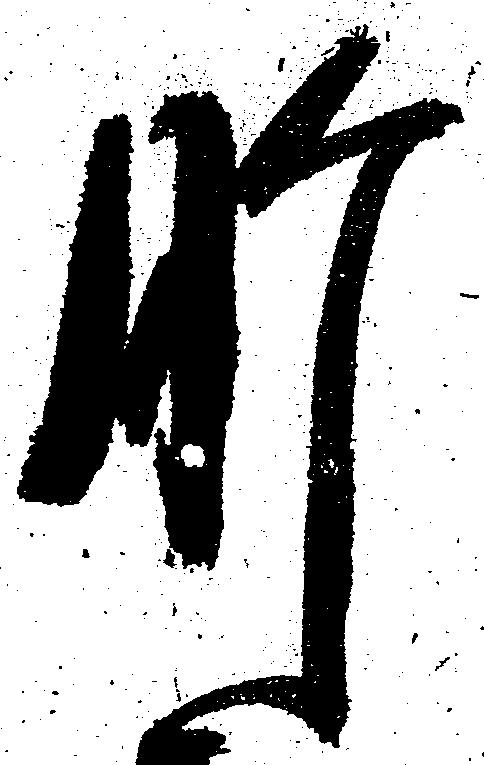
肝